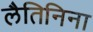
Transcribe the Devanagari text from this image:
लैतिनिना